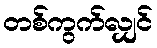
တစ်ကွက်လျှင်